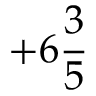
+ 6 { \frac { 3 } { 5 } }